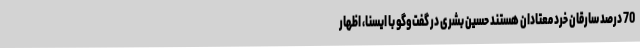
70 درصد سارقان خرد معتادان هستند حسین بشری در گفت‌وگو با ایسنا، اظهار